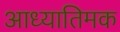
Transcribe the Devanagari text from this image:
आध्यातिमक